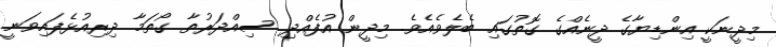
މިދީނަކީ އިންޑިޔާގެ ދީނެއްގެ ގޮތުގައި ބެލެވެއެވެ. މިދީން އުފެއްދި ސިއްދަރުތާ ގޯތަމާ ދިރިއުޅެފައިވަނީ